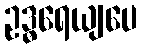
ဥဒ္ဓရေယျပေ